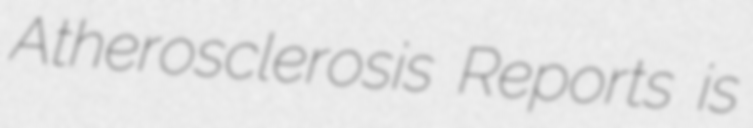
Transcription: Atherosclerosis Reports is